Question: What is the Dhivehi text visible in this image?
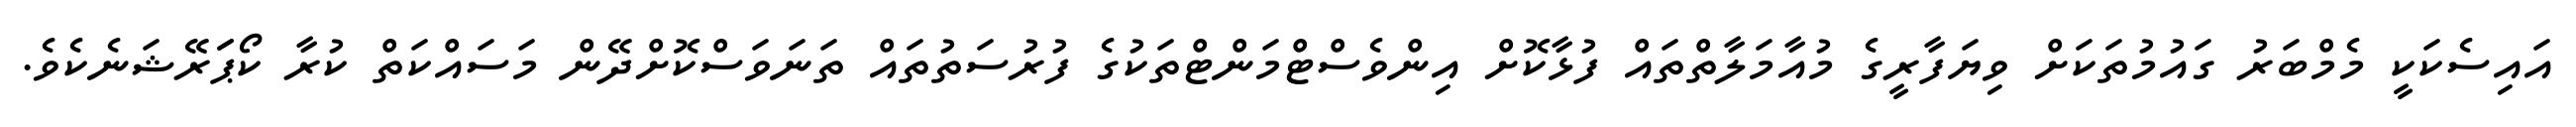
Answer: އައިސެކަކީ މެމްބަރު ގައުމުތަކަށް ވިޔަފާރީގެ މުއާމަލާތްތައް ފުޅާކޮށް އިންވެސްޓްމަންޓްތަކުގެ ފުރުސަތުތައް ތަނަވަސްކޮށްދޭން މަސައްކަތް ކުރާ ކޯޕަަރޭޝަނެކެވެ.